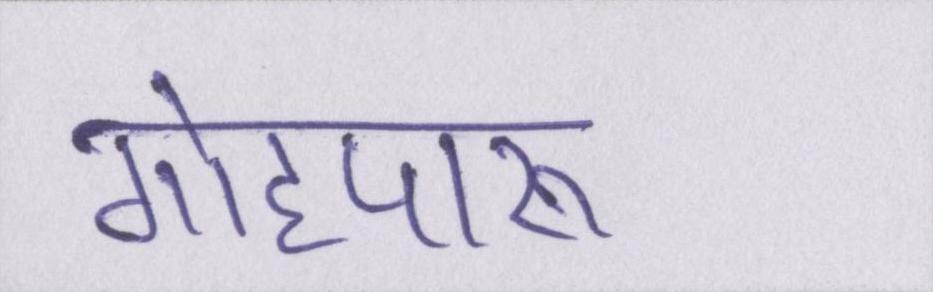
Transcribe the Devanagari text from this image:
गोहपारू